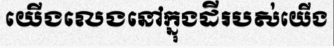
យើងលេងនៅក្នុងដីរបស់យើង